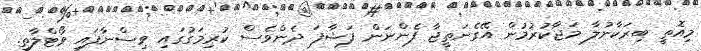
މިއޮތީ ބިރަކާނުލާ މަޖާކުރުމުން އޭގެނަތީޖާ ފެންނަން ފަޝާފަ ދެންވެސް ކުރިމަގުގައި ވިސްނާފައި ވޯޓްލާތި.